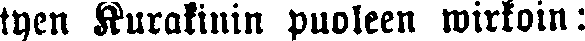
tyen Kuralinin puoleen wirkoin: